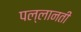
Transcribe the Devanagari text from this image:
पल्लानती